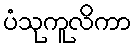
ပံသုကူလိကာ